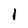
Character: 1